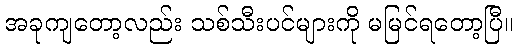
အခုကျတော့လည်း သစ်သီးပင်များကို မမြင်ရတော့ပြီ။